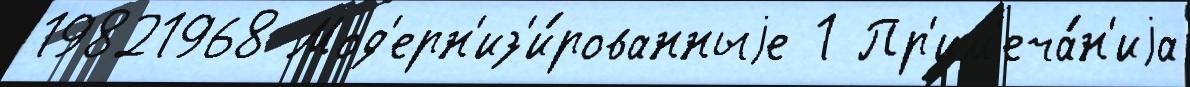
19821968 Мод'ерн'из'и́рованныjе 1 Пр'им'еча́н'иjа